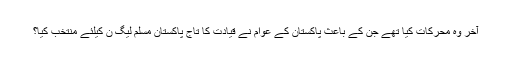
آخر وہ محرکات کیا تھے جن کے باعث پاکستان کے عوام نے قیادت کا تاج پاکستان مسلم لیگ ن کیلئے منتخب کیا؟